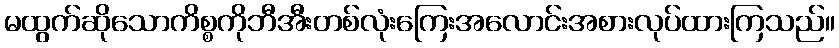
မထွက်ဆိုသောကိစ္စကိုဘီအီးတစ်လုံးကြေးအလောင်းအစားလုပ်ထားကြသည်။